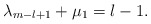
\begin{align*} \lambda _{m-l+1} + \mu _{1} = l-1.\end{align*}